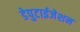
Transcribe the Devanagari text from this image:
डेपुटाईजेशन